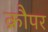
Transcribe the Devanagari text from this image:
क्रौपर